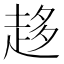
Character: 趍